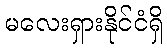
မလေးရှားနိုင်ငံရှိ